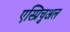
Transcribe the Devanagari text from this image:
एस्प्रिचुअल